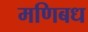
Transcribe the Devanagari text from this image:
मणिबध